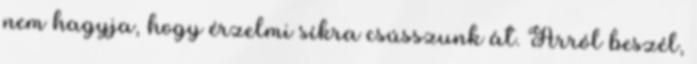
nem hagyja, hogy érzelmi síkra csússzunk át. Arról beszél,